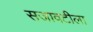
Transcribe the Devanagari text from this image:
सजावटीला